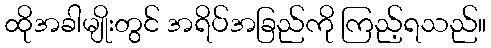
ထိုအခါမျိုးတွင် အရိပ်အခြည်ကို ကြည့်ရသည်။